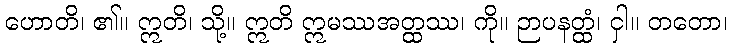
ဟောတိ၊ ၏။ ဣတိ၊ သို့။ ဣတိ ဣမဿအတ္ထဿ၊ ကို။ ဉာပနတ္ထံ၊ ငှါ။ တတော၊